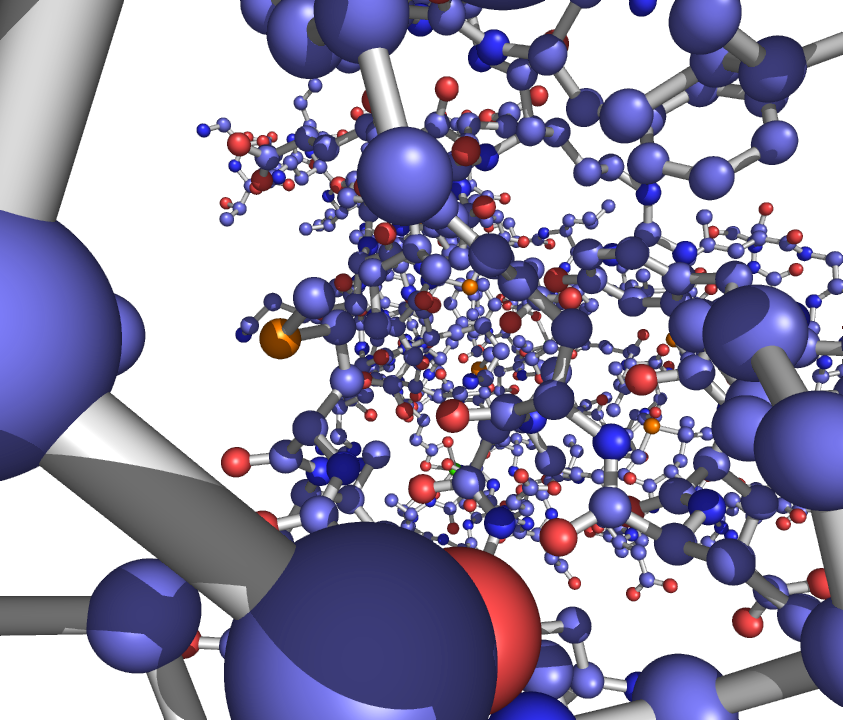
pymol, ball_and_stick